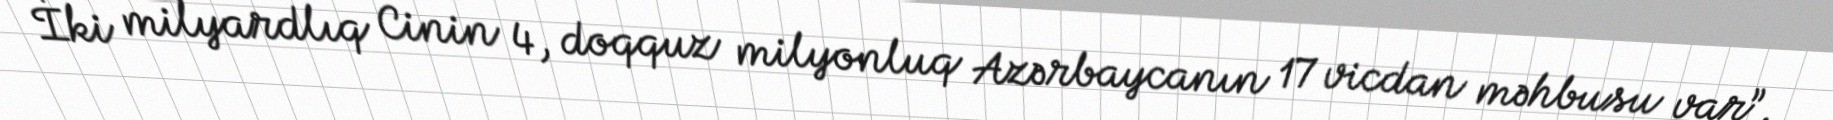
İki milyardlıq Cinin 4, doqquz milyonluq Azərbaycanın 17 vicdan məhbusu var”.